Report on the Nagpur School of Medicine, Central Provinces
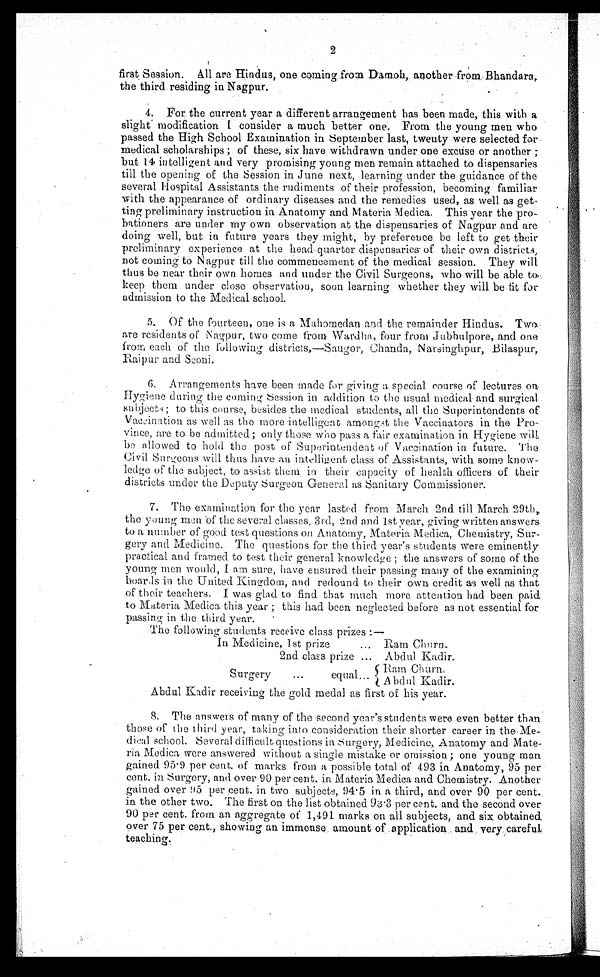
2
first Session. All are Hindus, one coming from Damoh, another from Bhandara,
the third residing in Nagpur.
4. For the current year a different arrangement has been made, this with a
slight - modification I consider a much better one. From the young men who
passed the High School Examination in September last, twenty were selected for
medical scholarships; of these, six have withdrawn under one excuse or another ;
but 144 intelligent and very promising young men remain attached to dispensaries
till the opening of the Session in June next, learning under the guidance of the
several Hospital Assistants the rudiments of their profession, becoming familiar
with the appearance of ordinary diseases and the remedies used, as well as get-
ting preliminary instruction in Anatomy and Materia Medica. This year the
pro-bationers are under my own observation at the dispensaries of Nagpur and are
doing well, but in future years they might, by preference be left to get their
preliminary experience at the head-quarter dispensaries- of their own districts,
not coming to Nagpur till the commencement of the medical session. They will
thus be near their own homes and under the Civil Surgeons, who will be able to
keep them under close observation, soon learning whether they will be fit for
admission to the Medical school.
5. Of the fourteen, one is a Mahomedan and the remainder Hindus. Two
are residents of Nagpur, two come from Wardha, four from Jubbulpore, and one
from each of the following districts,—Saugor, Chanda, Narsinghpur, Bilaspur,
Rajpur and Seoni.
6. Arrangements have been made for giving a special course of lectures
on
Hygiene during the coming; session in addition to the usual medical and
surgical subjects; to this coursed, besides the medical students, all the Superintendents of
Vaccination as well as the more intelligent amongst the Vaccinators in the Pro-
Vince, are to. be admitted; only those who pass a fair examination in Hygiene will,
be allowed to hold the post of Superintendent of Vaccination in future. The
Civil Surgeons will thus have an intelligent class Of Assistants, with some know-
ledge of the subject, to assist them in their capacity of health officers of their
districts under the Deputy Surgeon General as Sanitary Commissioner.
7. The examination for the year lasted from March 2nd till March 29th,,
the young men of the several classes, 3rd, 2nd and 1st year, giving written answers.
to a number of good test questions on Anatomy, Materia Medica, Chemistry, Sur-
gery and Medicine. The questions for the third year's students were eminently
practical and framed to test their general knowledge ; the answers of some of the
young men would, I am sure, have ensured their passing many of the examining
boards in the United kingdom, and redound to their own credit as well as that
of their teachers. I was glad to find that much more attention had been paid
to Materia Medica. this year ; this had been neglected before as not essential f o r
passing in the third year.
The following students receive class prizes :—
In Medicine, 1st prize
... Ram Churn..
2nd class prize ... Abdul Kadir.
Earn Churn.
Surgery
...
equal . ' A bdul Kadin
Abdul Kadir receiving the gold medal as first of his year.
The answers of many of the second year's students were even better than
those of the third year,. taking into consideration their shorter career in
t h e - M e d i c a l s c h o o l . S e v e r a l d i f f i c u l t q u e s t i o n s i n S u r g e r y , M e d i c i n e , A n a t o m y a n d
M a t e - r i a M e d i c a w e r e a n s w e r e d w i t h o u t a s i n g l e m i s t a k e o r o m i s s i o n ; o n e y o u n g m a n
gained 95 . 9 per cent. of marks from a possible total of 493 in Anatomy, 95 per
cent. in Surgery, and over 90 per cent. in Materia Medica and Chemistry. Another
gained over 95. per cent. in two subjects, 94 . 5 in a third, and over 90 per cent.
in the other two. The first on the list obtained 93 . 3 per cent. and the second over
90 per cent. from an aggregate of 1,491 marks on all subjects, and six obtained..
over 75 per cent., showing an immense . . amount of application, and . very careful:
teaching.